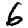
Digit: 6